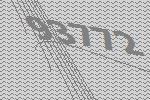
93772